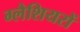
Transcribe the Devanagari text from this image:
ग्लैशियरों